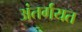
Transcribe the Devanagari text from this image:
अंतर्गयत